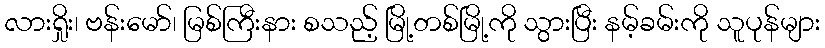
လားရှိုး၊ ဗန်းမော်၊ မြစ်ကြီးနား စသည့် မြို့တစ်မြို့ကို သွားပြီး နမ့်ခမ်းကို သူပုန်များ